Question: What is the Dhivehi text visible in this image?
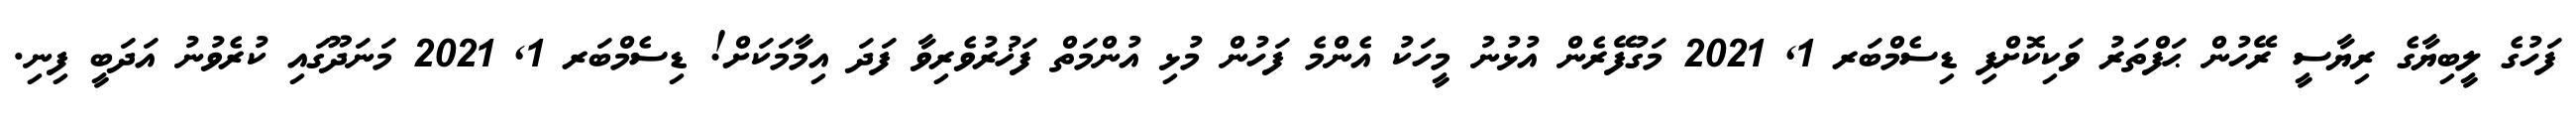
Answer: ފަހުގެ ލީބިޔާގެ ރިޔާސީ ރޭހުން ޙަފްތަރު ވަކިކޮށްފި ޑިސެމްބަރ 1, 2021 މަގުފޭރެން އުޅުނު މީހަކު އެންމެ ފަހުން މުޅި އުންމަތް ފަޚުރުވެރިވާ ފަދަ އިމާމަކަށް! ޑިސެމްބަރ 1, 2021 މަނަދޫގައި ކުރެވުނު އަދަބީ ފިނި.